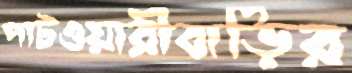
পাটওয়ারীবাড়ির